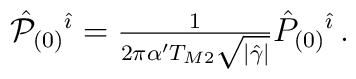
{\hat {\cal P}}_{(0)}{}^{\hat{\imath}} = {\textstyle\frac{1}{2\pi\alpha^{\prime} T_{M2} \sqrt{|\hat{\gamma}|}}}{\hat P}_{(0)}{}^{\hat{\imath}}\, .